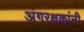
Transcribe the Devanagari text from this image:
अंगरक्षकांनी